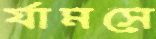
র্যামসে